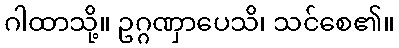
ဂါထာသို့။ ဥဂ္ဂဏှာပေသိ၊ သင်စေ၏။